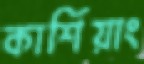
কার্শিয়াং